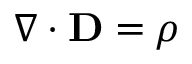
\nabla \cdot \mathbf { D } = \rho